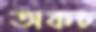
অকচ